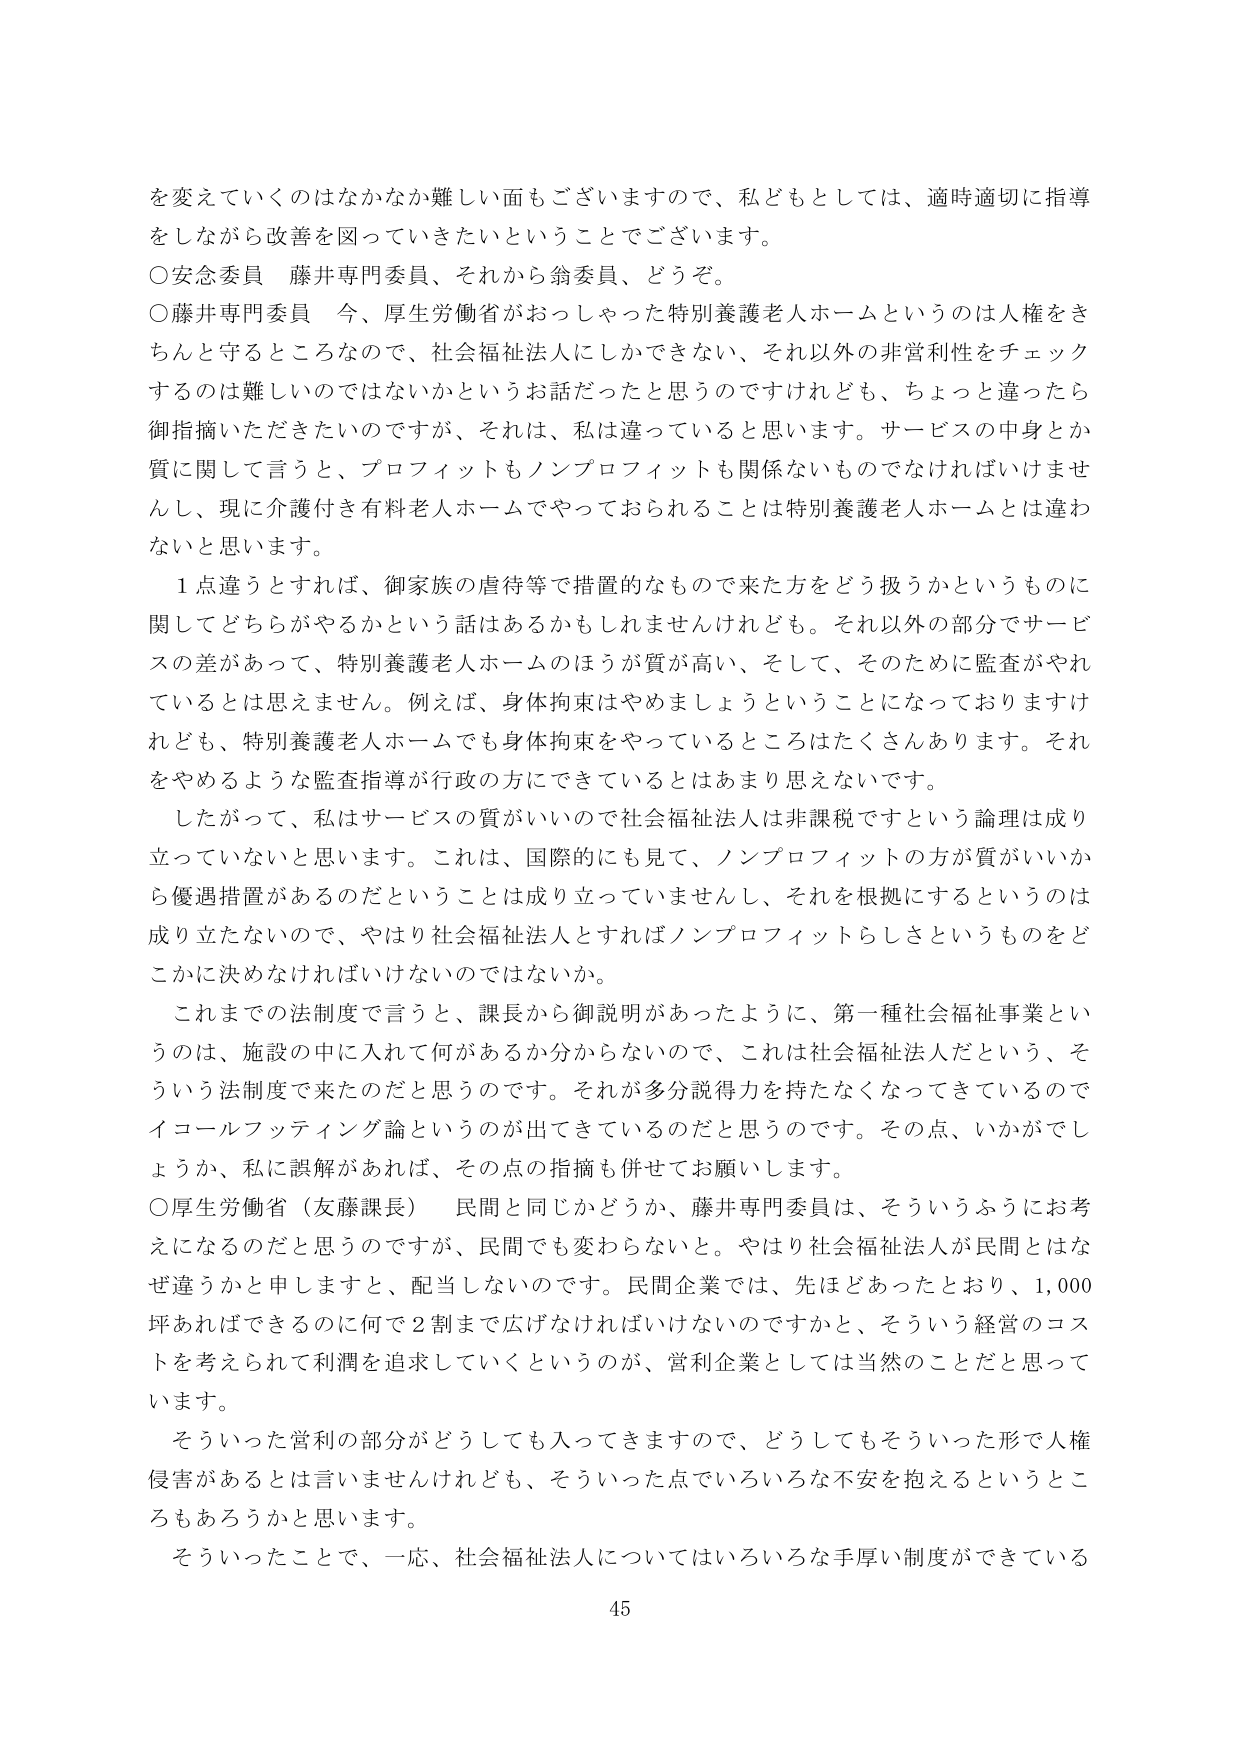
を変えていくのはなかなか難しい面もございますので、私どもとしては、適時適切に指導をしながら改善を図っていきたいということでございます。

○安念委員 藤井専門委員、それから翁委員、どうぞ。

○藤井専門委員 今、厚生労働省がおっしゃった特別養護老人ホームというのは人権をきちんと守るところなので、社会福祉法人にしかできない、それ以外の非営利性をチェックするのは難しいのではないかというお話だったと思うのですけれども、ちょっと違ったら御指摘いただきたいのですが、それは、私は違っていると思います。サービスの中身とか質に関して言うと、プロフィットもノンプロフィットも関係ないものでなければいけませんし、現に介護付き有料老人ホームでやっておられることは特別養護老人ホームとは違わないと思います。

１点違うとすれば、御家族の虐待等で措置的なもので来た方をどう扱うかというものに関してどちらがやるかという話はあるかもしれませんが、それ以外の部分でサービスの差があって、特別養護老人ホームのほうが質が高い、そして、そのために監査がされているとは思えません。例えば、身体拘束はやめましょうということになっておりますけれども、特別養護老人ホームでも身体拘束をやっているところはたくさんあります。それをやめるような監査指導が行政の方にできているとはあまり思えないです。

したがって、私はサービスの質がいいので社会福祉法人は非課税ですという論理は成り立っていないと思います。これは、国際的にも見て、ノンプロフィットの方が質がいいから優遇措置があるのだということは成り立っていませんし、それを根拠にするというのは成り立たないので、やはり社会福祉法人とすればノンプロフィットらしさというものをどこかに決めなければならないのではないか。

これまでの法制度で言うと、課長から御説明があったように、第一種社会福祉事業というのは、施設の中に入れて何があるか分からないので、これは社会福祉法人だという、そういう法制度で来たのだと思うのです。それが多分説得力を持たなくなってきているのでイコールフッティング論というのが出てきているのだと思うのです。その点、いかがでしょうか、私に誤解があれば、その点の指摘も併せてお願いします。

○厚生労働省（友藤課長） 民間と同じかどうか、藤井専門委員は、そういうふうにお考えになるのだと思うのですが、民間でも変わらないと。やはり社会福祉法人が民間とはなぜ違うかと申しますと、配当しないのです。民間企業では、先ほどあったとおり、1,000坪あればできるのに何で2割まで広げなければならないのですかと、そういう経営のコストを考えられて利益を追求していくというのが、営利企業としては当然のことだと思っていきます。

そういった営利の部分がどうしても入ってきますので、どうしてもそういった形で人権侵害があるとは言いませんけれども、そういった点でいろいろな不安を抱えるというところもあろうかと思います。

そういったことで、一応、社会福祉法人についてはいろいろな手厚い制度ができている

45